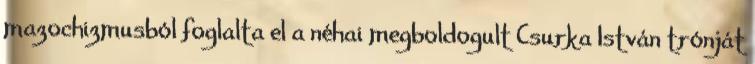
mazochizmusból foglalta el a néhai megboldogult Csurka István trónját